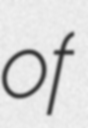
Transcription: of